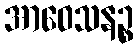
အာဝေသနဉ္စ